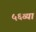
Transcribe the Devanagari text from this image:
५६व्या